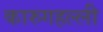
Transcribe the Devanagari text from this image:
कारुगहल्ली